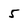
Character: 5